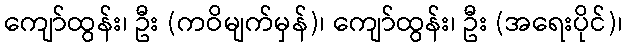
ကျော်ထွန်း၊ ဦး (ကဝိမျက်မှန်)၊ ကျော်ထွန်း၊ ဦး (အရေးပိုင်)၊